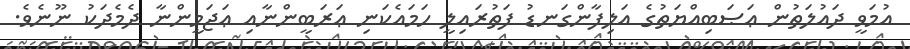
އުމަވީ ދައުލަތުން ޢަޞަބިއްޔަތުގެ އަލިފާންގަނޑު ފަތުރައިލީ ހަމައެކަނި ޢަރަބީންނާއި ޢަޖަމީންނާ ދެމެދަކު ނޫނެވެ.